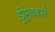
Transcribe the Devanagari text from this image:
ड्री्मवर्क्स